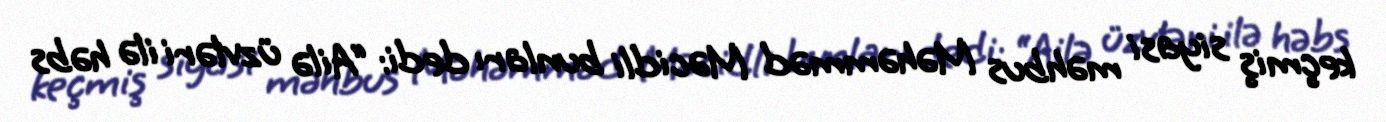
keçmiş siyasi məhbus Məhəmməd Məcidli bunları dedi: “Ailə üzvləri ilə həbs